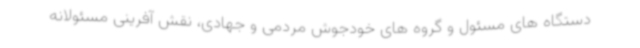
دستگاه های مسئول و گروه های خودجوش مردمی و جهادی، نقش آفرینی مسئولانه